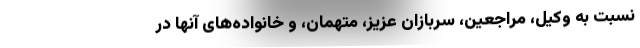
نسبت به وکیل، مراجعین، سربازان عزیز، متهمان، و خانواده‌های آنها در